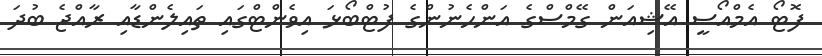
ފޮޓޯ އެމްއޯސީ އޭޝިއަން ގޭމްސްގެ އަންހެނުންގެ ފުޓްބޯޅަ އިވެންޓްގައި ތައިލެންޑާއި ރާއްޖެ ބުދަ